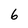
Character: 6